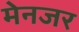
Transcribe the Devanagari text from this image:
मेनजर